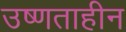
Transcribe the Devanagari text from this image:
उष्णताहीन